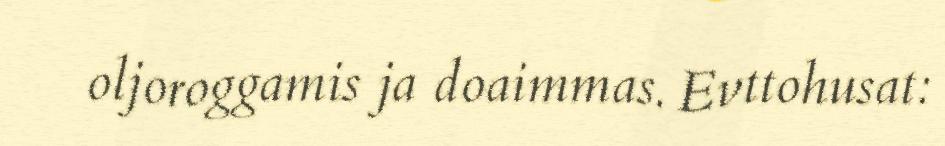
oljoroggamis ja doaimmas. Evttohusat: